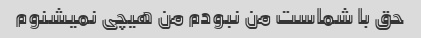
حق با شماست من نبودم من هیچی نمیشنوم